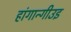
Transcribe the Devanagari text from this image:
हांगान्गीउइ